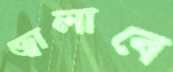
জ্বালাবে